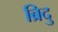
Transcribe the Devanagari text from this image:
ब्रिदु